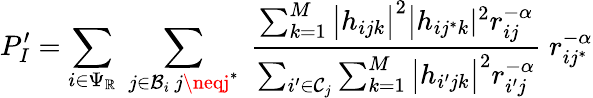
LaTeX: P_{I}^{\prime}=\sum_{i\in\Psi_{\mathbb{R}}}\; \sum_{\substack{j\in\mathcal{{B}}_{i}\, j\neqj^{*}}}\; \frac{{\sum_{k=1}^{M}\big|h_{ijk}\big|^{2}\big|h_{ij^{*}k}|^{2}r_{ij}^{-\alpha}}}{{\sum_{i^{\prime}\in\mathcal{{C}}_{j}}\sum_{k=1}^{M}\big|h_{i^{\prime}jk}\big|^{2}r_{i^{\prime}j}^{-\alpha}}}\; r_{ij^{*}}^{-\alpha}